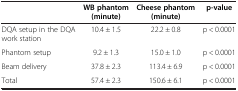
|  | WB phantom (minute) | Cheese phantom (minute) | p-value |
 | --- | --- | --- | --- |
 | DQA setup in the DQA work station | 10.4 ± 1.5 | 22.2 ± 0.8 | p < 0.0001 |
 | Phantom setup | 9.2 ± 1.3 | 15.0 ± 1.0 | p < 0.0001 |
 | Beam delivery | 37.8 ± 2.3 | 113.4 ± 6.9 | p < 0.0001 |
 | Total | 57.4 ± 2.3 | 150.6 ± 6.1 | p < 0.0001 |